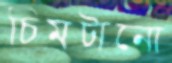
চিমটানো